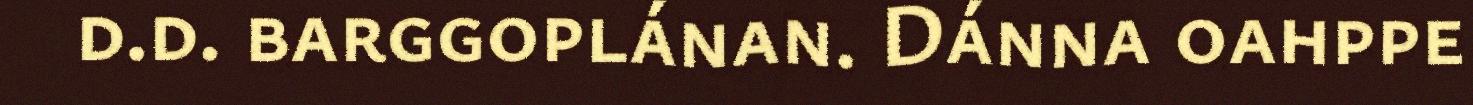
d.d. barggoplánan. Dánna oahppe